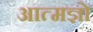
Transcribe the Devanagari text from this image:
आत्मज्ञो